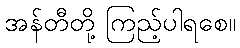
အန်တီတို့ ကြည့်ပါရစေ။